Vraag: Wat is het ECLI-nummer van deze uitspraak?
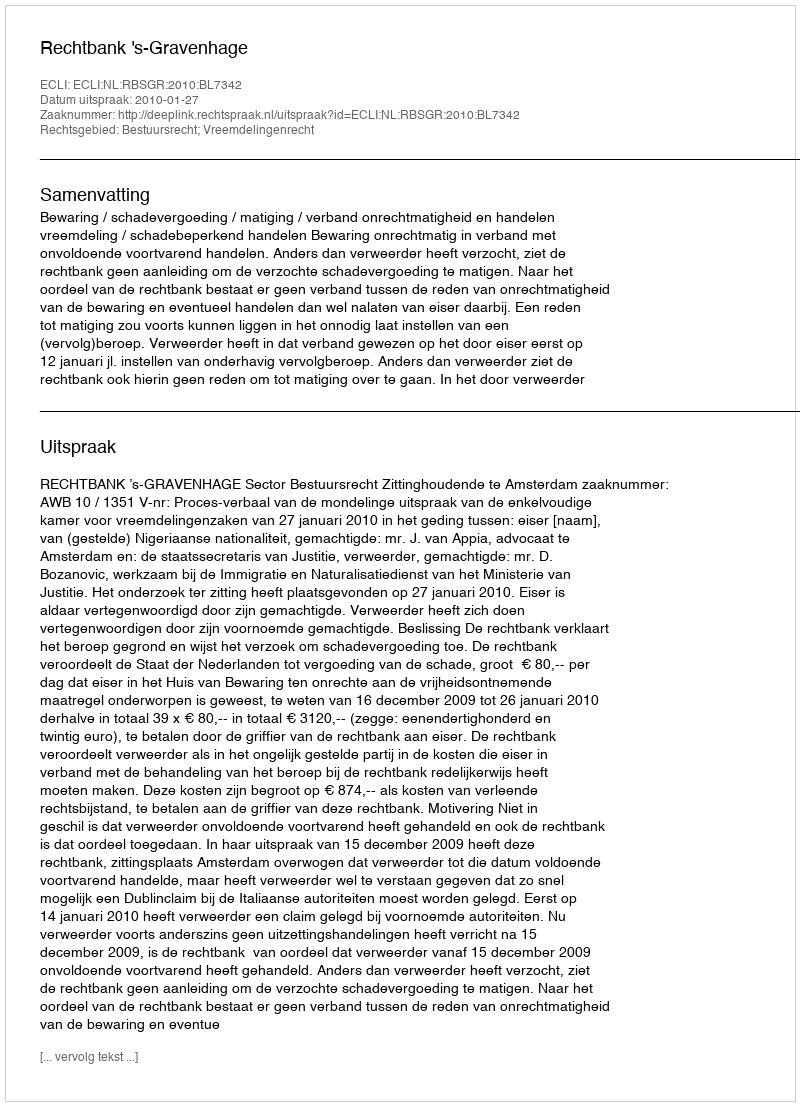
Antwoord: ECLI:NL:RBSGR:2010:BL7342